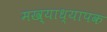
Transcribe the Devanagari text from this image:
मख्याध्यापक